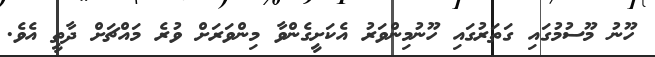
ހޫނު މޫސުމުގައި ގަތަރުގައި ހޫނުމިންވަރު އެކަށީގެންވާ މިންވަރަށް ވުރެ މައްޗަށް ދާތީ އެވެ.